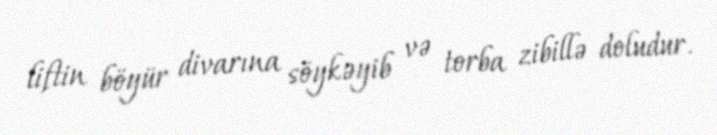
liftin böyür divarına söykəyib və torba zibillə doludur.